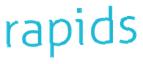
rapids